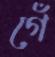
গেঁ